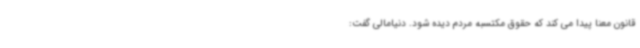
قانون معنا پیدا می کند که حقوق مکتسبه مردم دیده شود. دنیامالی گفت: